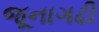
જૂનાગઢી